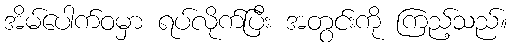
အိမ်ပေါက်ဝမှာ ရပ်လိုက်ပြီး အတွင်းကို ကြည့်သည်။